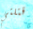
قتلتي